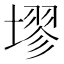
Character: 𪤗